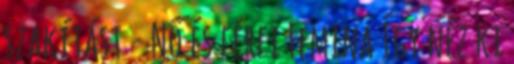
szakítást - Nő és férfi Femina Így néz ki